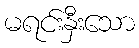
မရင်းနှီးသော